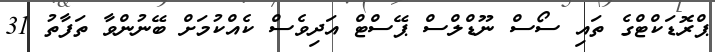
ޕްރޮޑަކްޓްގެ ތައި ސޯސް ނޫޑްލްސް ޕޭސްޓް އަދިވެސް ކެއްކުމަށް ބޭނުންވާ ތަފާތު 31